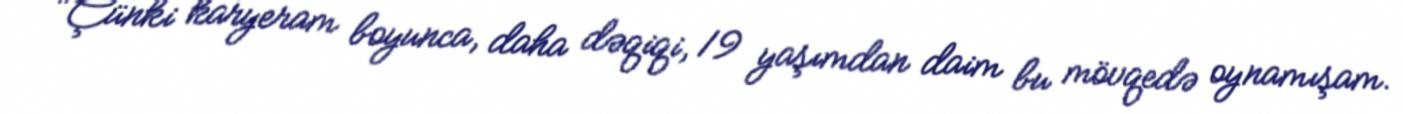
"Çünki karyeram boyunca, daha dəqiqi, 19 yaşımdan daim bu mövqedə oynamışam.